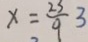
x = \frac { 2 3 } { 9 } 3